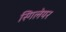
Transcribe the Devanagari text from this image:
स्गिलेयर